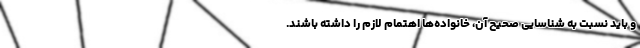
و باید نسبت به شناسایی صحیح آن، خانواده‌ها اهتمام لازم را داشته باشند.